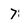
Character: 7